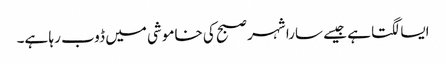
ایسا لگتا ہے جیسے سارا شہر صبح کی خاموشی میں ڈوب رہا ہے۔